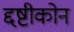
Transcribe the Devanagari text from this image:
द्दष्टीकोन